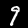
Label: 9